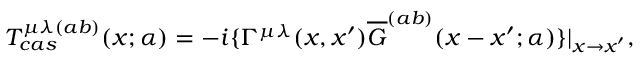
T _ { c a s } ^ { \mu \lambda ( a b ) } ( x ; \alpha ) = - i \{ \Gamma ^ { \mu \lambda } ( x , x ^ { \prime } ) \overline { { { G } } } ^ { ( a b ) } ( x - x ^ { \prime } ; \alpha ) \} | _ { x \rightarrow x ^ { \prime } } ,